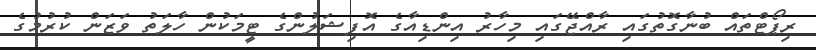
ރިޕޯޓްތައް ބުނާގޮތުގައި ރާއްޖޭގައި މިހާރު އިންޑިއާގެ އޮފިޝަލުންގެ ޓީމަކުން ހާލަތު ވަޒަން ކުރުމުގެ